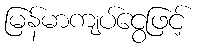
မြန်မာကျပ်ငွေဖြင့်